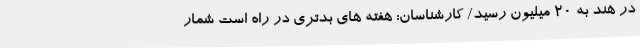
در هند به ۲۰ میلیون رسید/ کارشناسان: هفته‌ های بدتری در راه است شمار